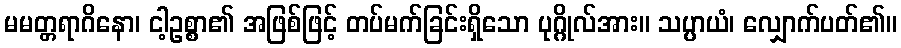
မမတ္တရာဂိနော၊ ငါ့ဥစ္စာ၏ အဖြစ်ဖြင့် တပ်မက်ခြင်းရှိသော ပုဂ္ဂိုလ်အား။ သပ္ပာယံ၊ လျှောက်ပတ်၏။